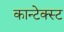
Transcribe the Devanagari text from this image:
कान्टेक्स्ट